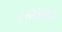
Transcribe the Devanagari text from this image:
ट्सेबेलिस